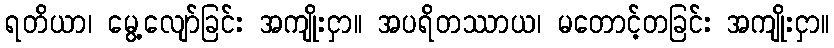
ရတိယာ၊ မွေ့လျော်ခြင်း အကျိုးငှာ။ အပရိတဿာယ၊ မတောင့်တခြင်း အကျိုးငှာ။